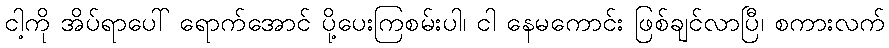
ငါ့ကို အိပ်ရာပေါ် ရောက်အောင် ပို့ပေးကြစမ်းပါ၊ ငါ နေမကောင်း ဖြစ်ချင်လာပြီ၊ စကားလက်